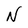
Character: N